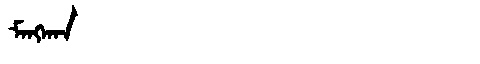
Manchu: ᠮᠠᠩᡴᠠᠨ
Romanization: MANGKAN